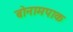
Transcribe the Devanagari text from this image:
बोनामपाक